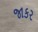
જાકર